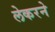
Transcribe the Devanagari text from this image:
लेकरने